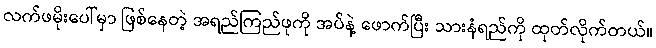
လက်ဖမိုးပေါ်မှာ ဖြစ်နေတဲ့ အရည်ကြည်ဖုကို အပ်နဲ့ ဖောက်ပြီး သားနံရည်ကို ထုတ်လိုက်တယ်။